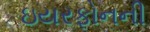
ઇયરફોનની